Insane asylums in Bengal annual reports 1867-1875 - 1867-1875
Year: 1867
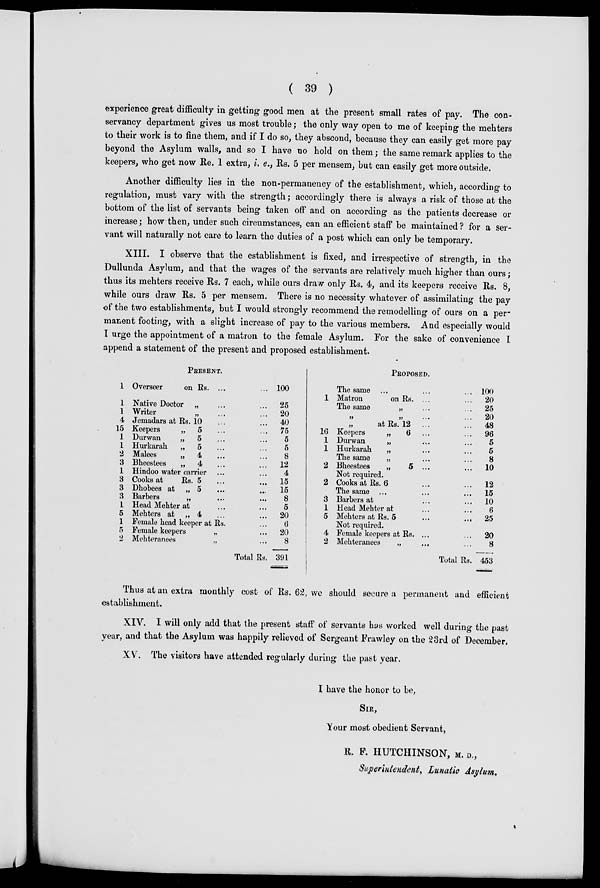
( 39 )
experience great difficulty in getting good men at the present small rates of pay. The con-
servancy department gives us most trouble; the only way open to me of keeping the mehters
to their work is to fine them, and if I do so, they abscond, because they can easily get more pay
beyond the Asylum walls, and so I have no hold on them; the same remark applies to the
keepers, who get now Re. 1 extra, i. e., Rs. 5 per mensem, but can easily get more outside.
Another difficulty lies in the non-permanency of the establishment, which, according to
regulation, must vary with the strength; accordingly there is always a risk of those at the
bottom of the list of servants being taken off and on according as the patients decrease or
increase; how then, under such circumstances, can an efficient staff be maintained? for a ser-
vant will naturally not care to learn the duties of a post which can only be temporary.
XIII. I observe that the establishment is fixed, and irrespective of strength, in the
Dullunda Asylum, and that the wages of the servants are relatively much higher than ours ;
thus its mehters receive Rs. 7 each, while ours draw only Rs. 4, and its keepers receive Rs. 8,
while ours draw Rs. 5 per mensem. There is no necessity whatever of assimilating the pay
of the two establishments, but I would strongly recommend the remodelling of ours on a per-
manent footing, with a slight increase of pay to the various members. And especially would
I urge the appointment of a matron to the female Asylum. For the sake of convenience I
append a statement of the present and proposed establishment.
PRESENT.
1
1
1
4
15
1
1
2
3
1
3
3
3
1
5
1
5
2
Overseer
on Rs. ... ...
Native Doctor „ ... ...
Writer
„ ... ...
Jemadars at Rs. 10 ... ...
Keepers
„ 5 ... ...
Durwan
„ 5 ... ...
Hurkarah
„ 5 ... ...
Malees
„ 4 ... ...
Bheestees
„ 4 ... ...
Hindoo water carrier ... ...
Cooks at
Rs. 5 ... ...
Dhobees at „ 5
...
...
Barbers
„ ... ...
Head Mehter at ... ...
Mehters at „ 4 ...
Female head keeper at Rs. ...
Female keepers
„ ...
Mehteranees
„ ...
Total Rs.
100
25
20
40
75
5
5
8
12
4
15
15
8
5
20
6
20
8
391
PROPOSED.
1
16
1
1
2
2
3
1
5
4
2
The same ... ... ...
Matron
on Rs. ... ...
The same
„ ... ...
„
„ ... ...
at Rs. 12 ... ...
Keepers
„
6 ... ...
Durwan
„ ... ...
Hurkarah
„ ... ...
The same
„ ... ...
Bheestees
„
5 ... ...
Not required.
Cooks at Rs. 6 ... ...
The same ... ... ...
Barbers at ... ...
Head Mehter at ... ...
Mehters at Rs. 5
...
...
Not required.
Female keepers at Rs. ... ...
Mehteranees
„
... ...
Total Rs.
100
20
25
20
48
96
5
5
8
10
12
15
10
6
25
20
8
453
Thus at an extra monthly cost of Rs. 62, we should secure a permanent and efficient
establishment.
XIV. I will only add that the present staff of servants has worked well during the past
year, and that the Asylum was happily relieved of Sergeant Frawley on the 23rd of December.
XV. The visitors have attended regularly during the past year.
I have the honor to be,
SIR,
Your most obedient Servant,
R. F. HUTCHINSON, M. D.,
Superintendent, Lunatic Asylum.